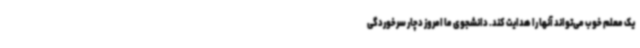
یک معلم خوب می‌تواند آنها را هدایت کند. دانشجوی ما امروز دچار سرخوردگی